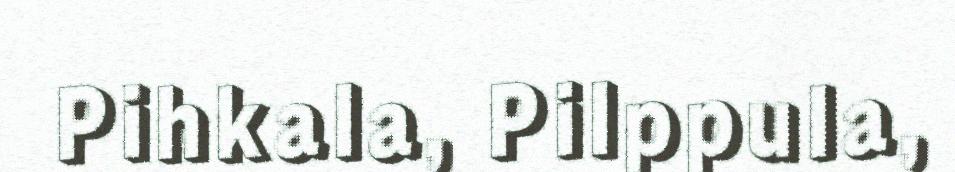
Pihkala, Pilppula,